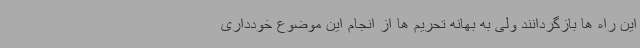
این راه ها بازگردانند ولی به بهانه تحریم ها از انجام این موضوع خودداری